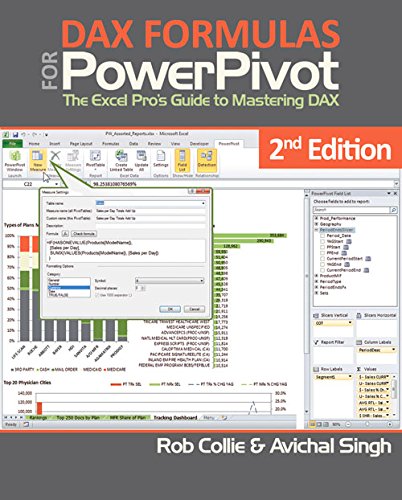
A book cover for DAX Formulas for PowerPivot: The Excel Pro's Guide to Mastering DAX; Rob Collie; Computers & Technology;